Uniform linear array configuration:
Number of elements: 8
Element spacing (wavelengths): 0.5
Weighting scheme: binomial
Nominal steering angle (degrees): -45
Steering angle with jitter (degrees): -44.745
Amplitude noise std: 0.05
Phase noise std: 0.05

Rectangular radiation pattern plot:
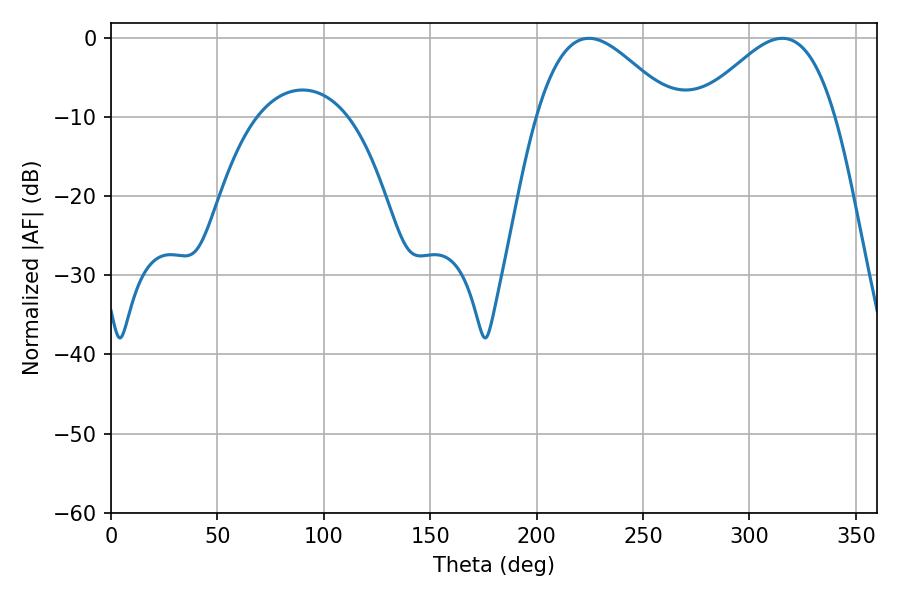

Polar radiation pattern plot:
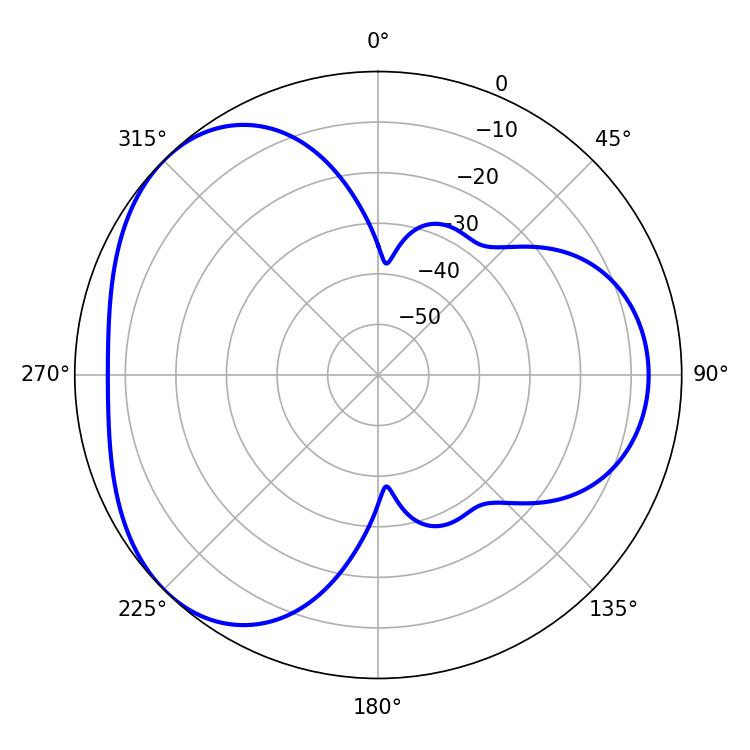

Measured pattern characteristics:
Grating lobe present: FALSE
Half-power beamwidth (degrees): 34.74
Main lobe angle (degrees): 224.64